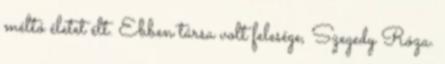
méltó életet élt. Ebben társa volt felesége, Szegedy Róza.